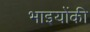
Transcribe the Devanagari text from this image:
भाइयोंकी